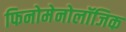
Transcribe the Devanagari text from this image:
फिनोमेनोलॉजिक